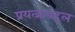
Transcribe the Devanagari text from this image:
प्रयत्नाबद्दल